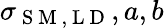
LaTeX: \sigma_{\mathrm{~S~M~,~L~D~}},a,b